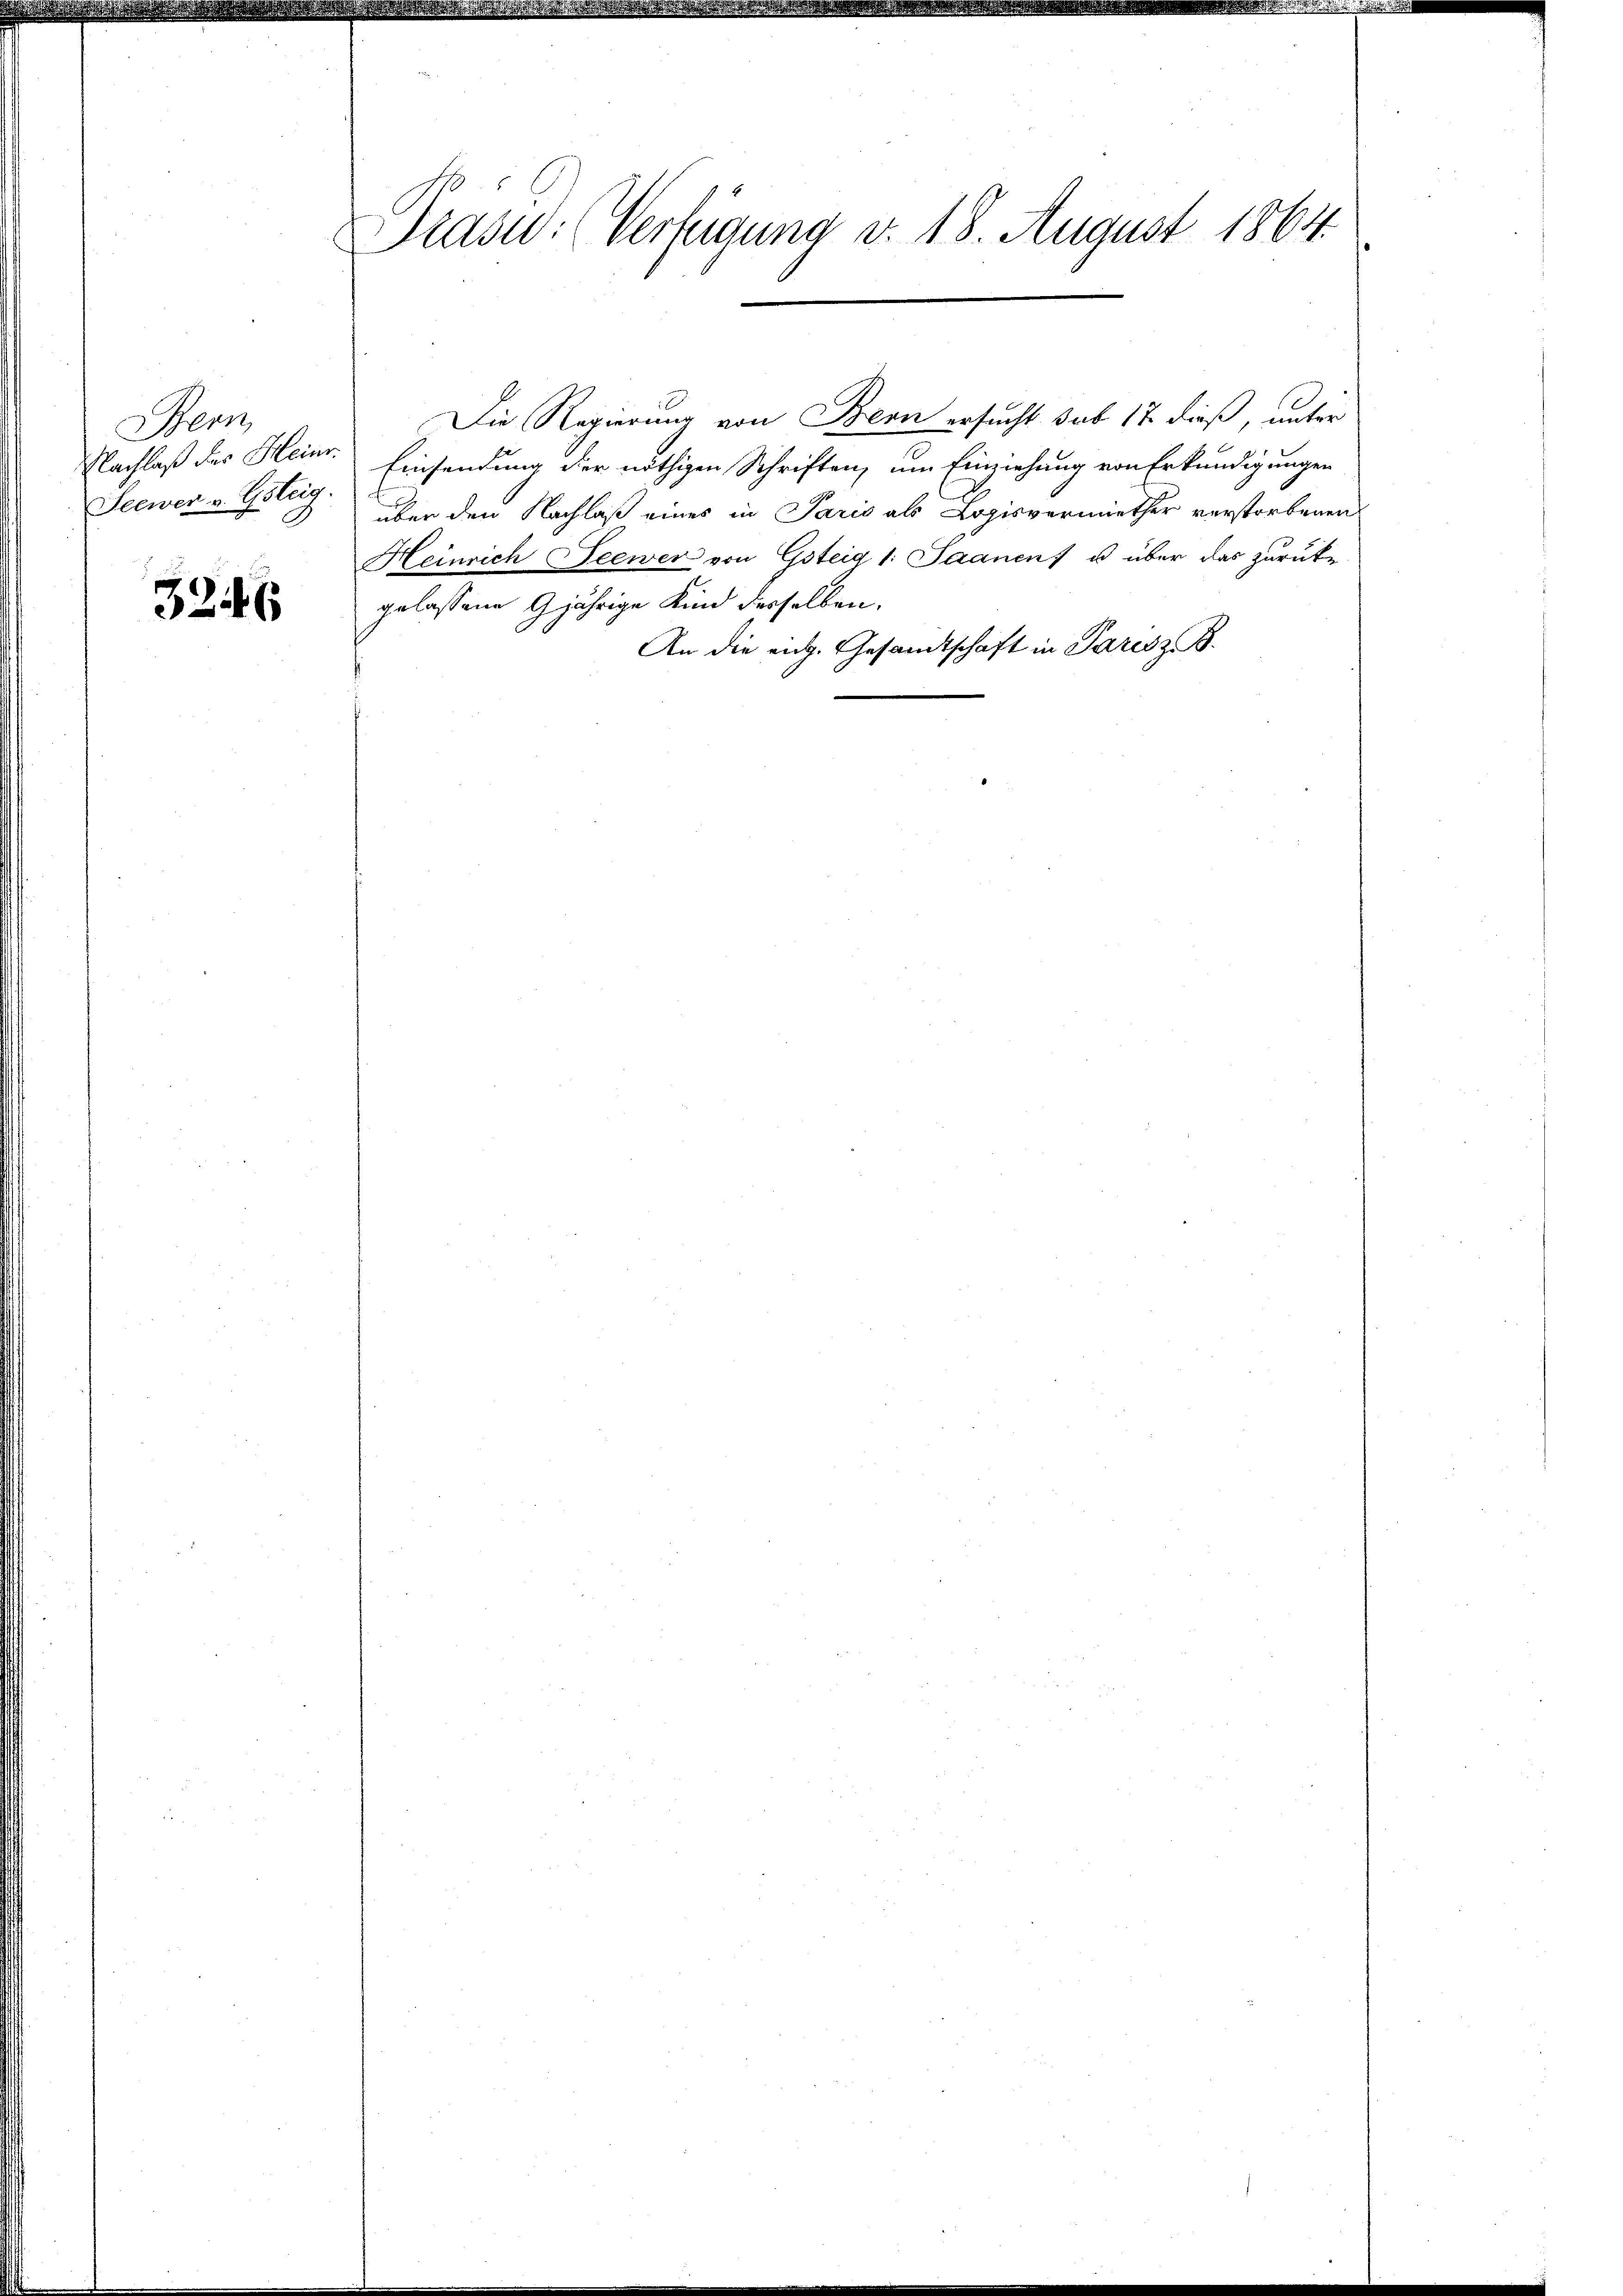
ern
Nachlaß des Heinr.
Seewer v. Gsteig.

3246

Prasw: (Verfügung v. 18. August 1864.

Die Regierung von Bern ersucht sub 17 dieß, unter
Einsendung der nöthigen Schriften, um Einziehung von Erkundigungen
über den Nachlaß eines in Paris als Logisvermiether verstorbenen
Heinrich Seewer von Gsteig 1: Saanen u über das zurükgelassene 9jährige Kind desselben,
An die eidg. Gesandtschaft in Parisz B.